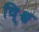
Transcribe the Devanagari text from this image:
वि्श्व